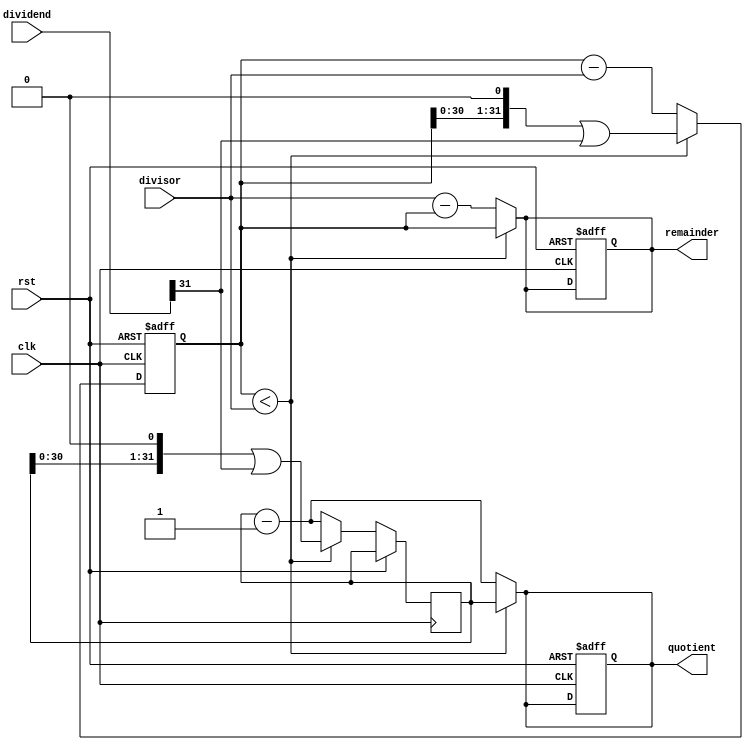
module synchronous_divider (
    input wire clk,             // System clock
    input wire rst,             // Reset signal
    input wire [31:0] dividend, // Dividend
    input wire [31:0] divisor,  // Divisor
    output reg [31:0] quotient, // Quotient
    output reg [31:0] remainder // Remainder
);

// Internal signals
reg [31:0] accumulator;    // Accumulator for division
reg [31:0] quotient_temp;   // Temporary quotient register

// Always block for synchronous operation
always @(posedge clk or posedge rst) begin
    if (rst) begin
        accumulator <= 0;
        quotient <= 0;
        remainder <= 0;
    end else begin
        // Division algorithm using subtraction
        if (accumulator < divisor) begin
            accumulator <= (accumulator << 1) | dividend[31];
            quotient_temp <= (quotient_temp << 1) | dividend[31];
        end else begin
            accumulator <= accumulator - divisor;
            quotient_temp <= quotient_temp - 1;
        end
    end
end

// Combinational logic for calculating quotient and remainder
always @* begin
    if (accumulator < divisor) begin
        quotient <= quotient_temp;
        remainder <= accumulator;
    end else begin
        quotient <= quotient_temp - 1;
        remainder <= divisor - accumulator;
    end
end

endmodule